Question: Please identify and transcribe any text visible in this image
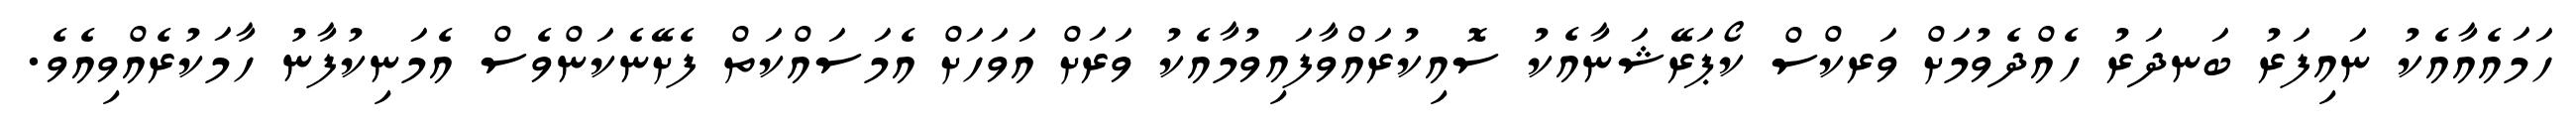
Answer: ހަމައެއާއެކު ނައިފަރު ބަނދަރު ހެއްދެވުމަށް ވަރކްސް ކޯޕަރޭޝަނާއެކު ސޮއިކުރައްވާފައިވުމާއެކު ވަރަށް އަވަހަށް އެމަސައްކަތް ފެށޭނެކަންވެސް އެމަނިކުފާނު ހާމަކުރެއްވިއެވެ.